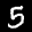
Label: 5